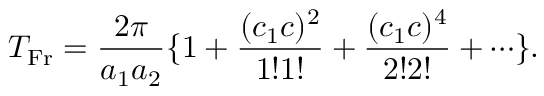
T _ { \mathrm { F r } } = \frac { 2 \pi } { a _ { 1 } a _ { 2 } } \{ 1 + \frac { ( c _ { 1 } c ) ^ { 2 } } { 1 ! 1 ! } + \frac { ( c _ { 1 } c ) ^ { 4 } } { 2 ! 2 ! } + \cdots \} .